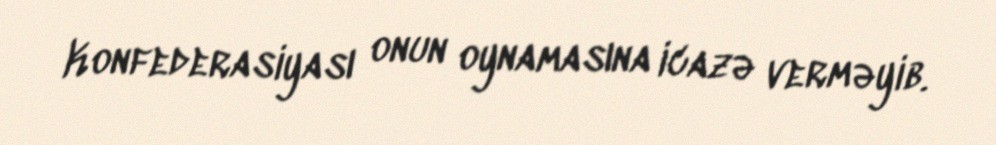
Konfederasiyası onun oynamasına icazə verməyib.